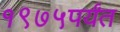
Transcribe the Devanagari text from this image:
१९७५पर्यंत